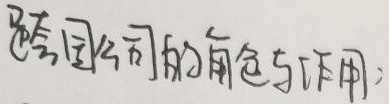
跨国公司的角色与作用：